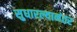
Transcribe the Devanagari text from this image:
सुधारल्यानंतर